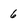
Character: 6